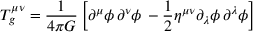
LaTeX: T _ { g } ^ { \mu \nu } = { \frac { 1 } { 4 \pi G } } \left[ \partial ^ { \mu } \phi \, \partial ^ { \nu } \phi \, - { \frac { 1 } { 2 } } \eta ^ { \mu \nu } \partial _ { \lambda } \phi \, \partial ^ { \lambda } \phi \right]